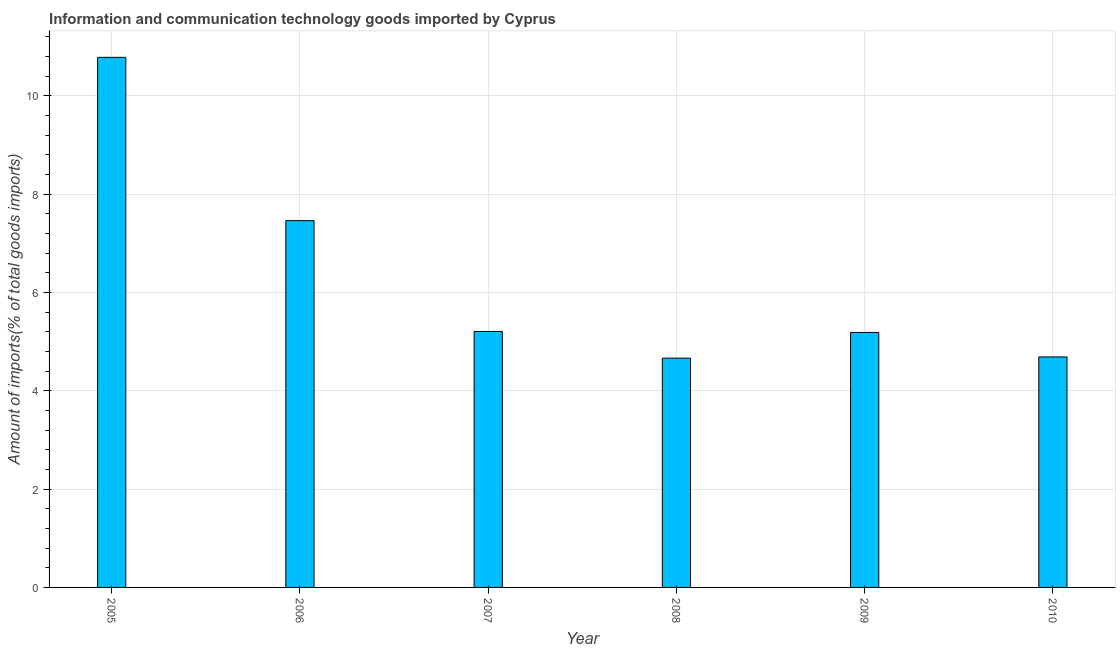
| Year | ICT goods imports |
 | --- | --- |
 | 2005 | 10.8 |
 | 2006 | 7.46 |
 | 2007 | 5.21 |
 | 2008 | 4.66 |
 | 2009 | 5.19 |
 | 2010 | 4.69 |